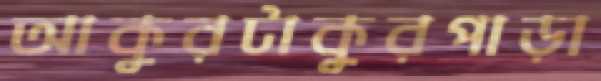
আকুরটাকুরপাড়া